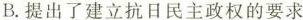
B. 提出了建立抗日民主政权的要求